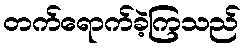
တက်ရောက်ခဲ့ကြသည်